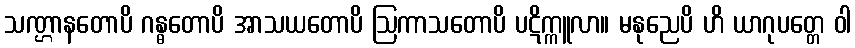
သဏ္ဌာနတောပိ ဂန္ဓတောပိ အာသယတောပိ ဩကာသတောပိ ပဋိက္ကူလာ။ မနုညေပိ ဟိ ယာဂုပတ္တေ ဝါ